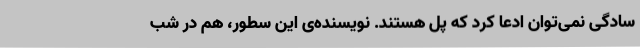
سادگی نمی‌توان ادعا کرد که پل هستند. نویسنده‌ی این سطور، هم در شب